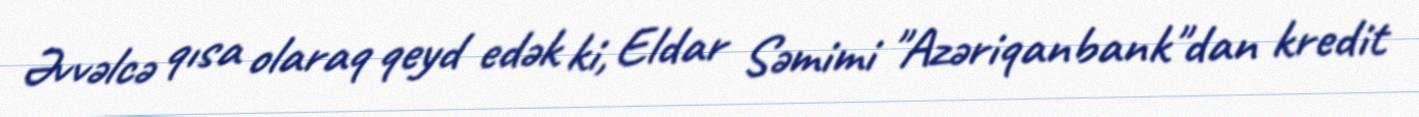
Əvvəlcə qısa olaraq qeyd edək ki, Eldar Səmimi "Azəriqanbank"dan kredit